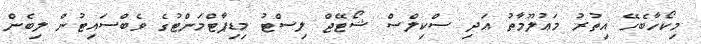
މިކޯހާބެހޭ އިތުރު މަޢުލޫމާތު އަދި ސްކިލްސް ޝޯޓޭޖް ލިސްޓު މިޑިޕާޓްމަންޓުގެ ވެބްސައިޓުން ލިބެން